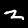
Label: 2